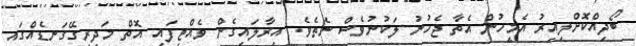
ބޯދިއްކޮށްލިއިރު އެމީހުން އެތާ ޖެހުނު ލަކުނުވެސް ނެތެވެ. އިރާލައިގެން ވެއްޓިފައި އޮތް މަދިރިގޭގަނޑެއްގައި